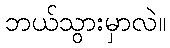
ဘယ်သွားမှာလဲ။